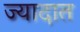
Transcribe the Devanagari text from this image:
ज्यादात